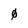
Character: 0